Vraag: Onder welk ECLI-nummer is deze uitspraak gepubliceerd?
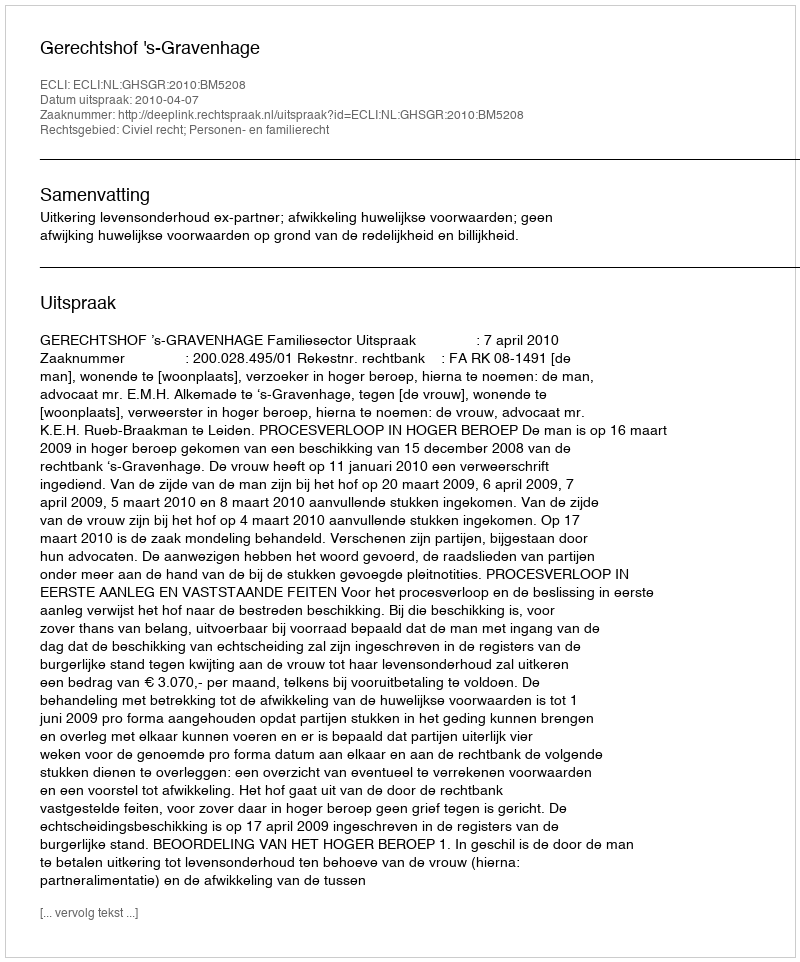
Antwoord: ECLI:NL:GHSGR:2010:BM5208